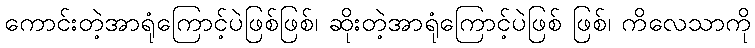
ကောင်းတဲ့အာရုံကြောင့်ပဲဖြစ်ဖြစ်၊ ဆိုးတဲ့အာရုံကြောင့်ပဲဖြစ် ဖြစ်၊ ကိလေသာကို